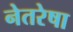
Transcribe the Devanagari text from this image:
नेतरेषा